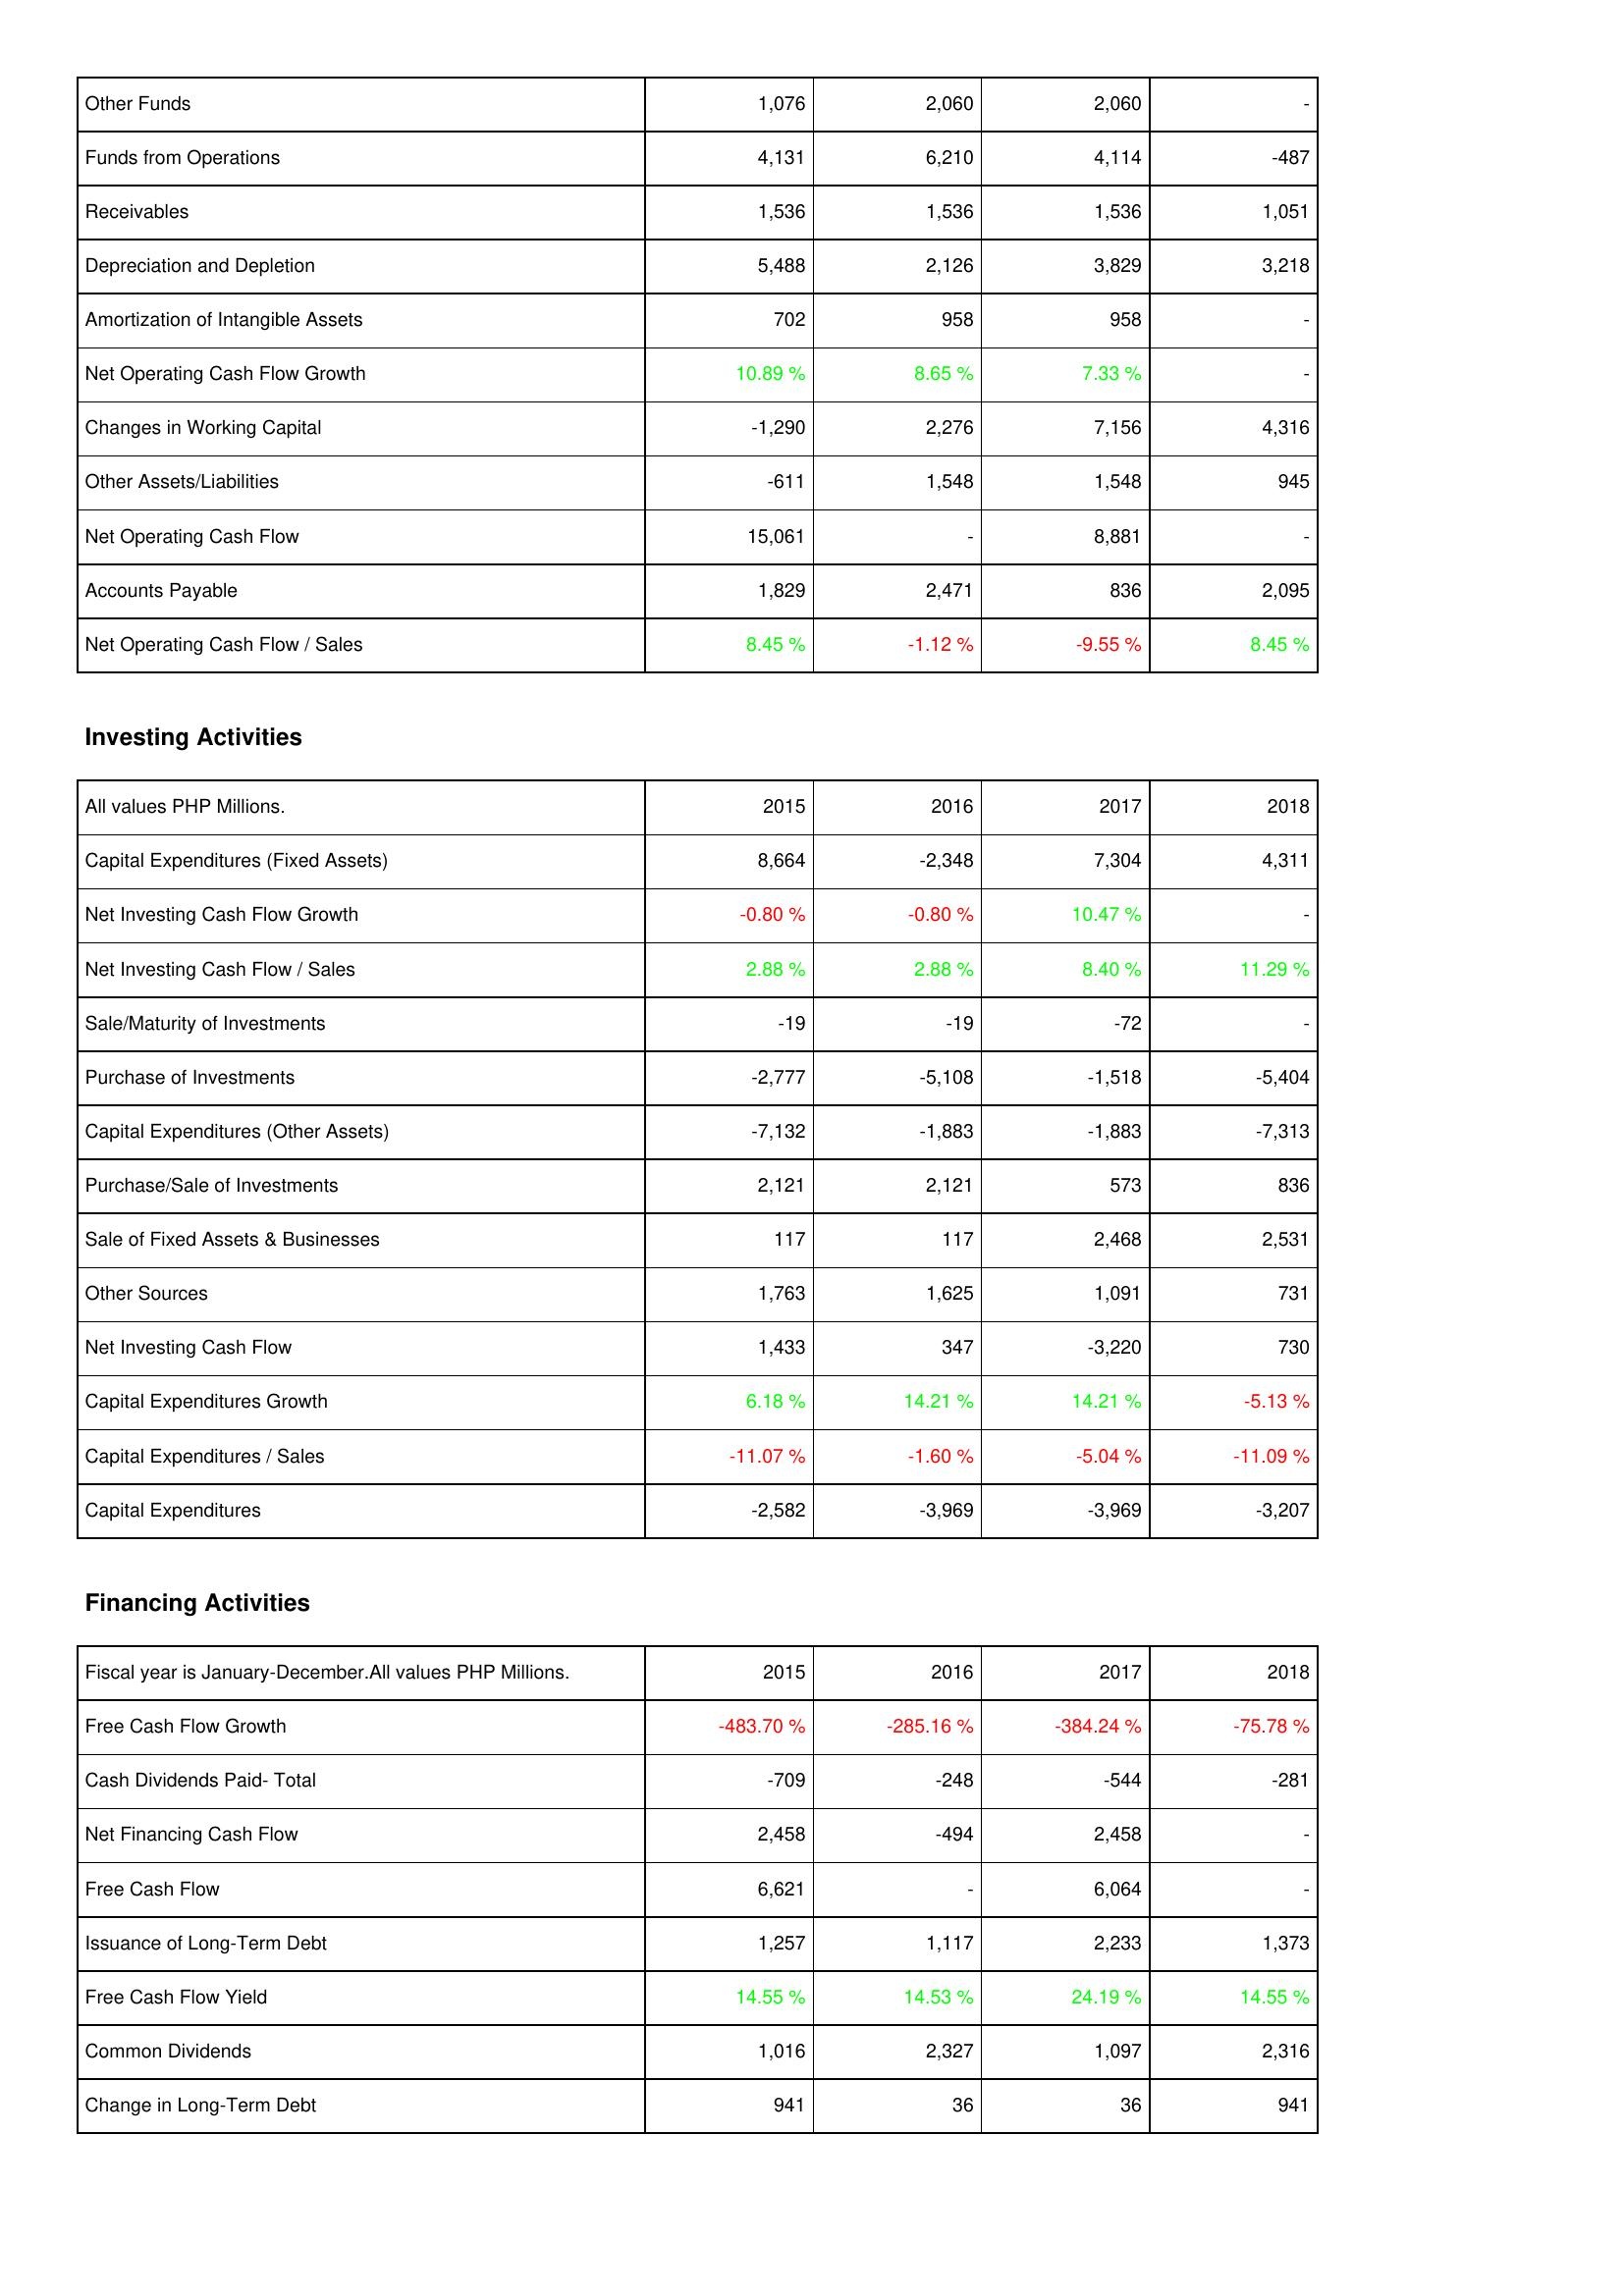
2015: Operating Activities: Other Funds: 1,076
Funds from Operations: 4,131
Receivables: 1,536
Depreciation and Depletion: 5,488
Amortization of Intangible Assets: 702
Net Operating Cash Flow Growth: 10.89 %
Changes in Working Capital: -1,290
Other Assets/Liabilities: -611
Net Operating Cash Flow: 15,061
Accounts Payable: 1,829
Net Operating Cash Flow / Sales: 8.45 %
Investing Activities: Capital Expenditures (Fixed Assets): 8,664
Net Investing Cash Flow Growth: -0.80 %
Net Investing Cash Flow / Sales: 2.88 %
Sale/Maturity of Investments: -19
Purchase of Investments: -2,777
Capital Expenditures (Other Assets): -7,132
Purchase/Sale of Investments: 2,121
Sale of Fixed Assets & Businesses: 117
Other Sources: 1,763
Net Investing Cash Flow: 1,433
Capital Expenditures Growth: 6.18 %
Capital Expenditures / Sales: -11.07 %
Capital Expenditures: -2,582
Financing Activities: Free Cash Flow Growth: -483.70 %
Cash Dividends Paid- Total: -709
Net Financing Cash Flow: 2,458
Free Cash Flow: 6,621
Issuance of Long-Term Debt: 1,257
Free Cash Flow Yield: 14.55 %
Common Dividends: 1,016
Change in Long-Term Debt: 941
2016: Operating Activities: Other Funds: 2,060
Funds from Operations: 6,210
Receivables: 1,536
Depreciation and Depletion: 2,126
Amortization of Intangible Assets: 958
Net Operating Cash Flow Growth: 8.65 %
Changes in Working Capital: 2,276
Other Assets/Liabilities: 1,548
Net Operating Cash Flow: -
Accounts Payable: 2,471
Net Operating Cash Flow / Sales: -1.12 %
Investing Activities: Capital Expenditures (Fixed Assets): -2,348
Net Investing Cash Flow Growth: -0.80 %
Net Investing Cash Flow / Sales: 2.88 %
Sale/Maturity of Investments: -19
Purchase of Investments: -5,108
Capital Expenditures (Other Assets): -1,883
Purchase/Sale of Investments: 2,121
Sale of Fixed Assets & Businesses: 117
Other Sources: 1,625
Net Investing Cash Flow: 347
Capital Expenditures Growth: 14.21 %
Capital Expenditures / Sales: -1.60 %
Capital Expenditures: -3,969
Financing Activities: Free Cash Flow Growth: -285.16 %
Cash Dividends Paid- Total: -248
Net Financing Cash Flow: -494
Free Cash Flow: -
Issuance of Long-Term Debt: 1,117
Free Cash Flow Yield: 14.53 %
Common Dividends: 2,327
Change in Long-Term Debt: 36
2017: Operating Activities: Other Funds: 2,060
Funds from Operations: 4,114
Receivables: 1,536
Depreciation and Depletion: 3,829
Amortization of Intangible Assets: 958
Net Operating Cash Flow Growth: 7.33 %
Changes in Working Capital: 7,156
Other Assets/Liabilities: 1,548
Net Operating Cash Flow: 8,881
Accounts Payable: 836
Net Operating Cash Flow / Sales: -9.55 %
Investing Activities: Capital Expenditures (Fixed Assets): 7,304
Net Investing Cash Flow Growth: 10.47 %
Net Investing Cash Flow / Sales: 8.40 %
Sale/Maturity of Investments: -72
Purchase of Investments: -1,518
Capital Expenditures (Other Assets): -1,883
Purchase/Sale of Investments: 573
Sale of Fixed Assets & Businesses: 2,468
Other Sources: 1,091
Net Investing Cash Flow: -3,220
Capital Expenditures Growth: 14.21 %
Capital Expenditures / Sales: -5.04 %
Capital Expenditures: -3,969
Financing Activities: Free Cash Flow Growth: -384.24 %
Cash Dividends Paid- Total: -544
Net Financing Cash Flow: 2,458
Free Cash Flow: 6,064
Issuance of Long-Term Debt: 2,233
Free Cash Flow Yield: 24.19 %
Common Dividends: 1,097
Change in Long-Term Debt: 36
2018: Operating Activities: Other Funds: -
Funds from Operations: -487
Receivables: 1,051
Depreciation and Depletion: 3,218
Amortization of Intangible Assets: -
Net Operating Cash Flow Growth: -
Changes in Working Capital: 4,316
Other Assets/Liabilities: 945
Net Operating Cash Flow: -
Accounts Payable: 2,095
Net Operating Cash Flow / Sales: 8.45 %
Investing Activities: Capital Expenditures (Fixed Assets): 4,311
Net Investing Cash Flow Growth: -
Net Investing Cash Flow / Sales: 11.29 %
Sale/Maturity of Investments: -
Purchase of Investments: -5,404
Capital Expenditures (Other Assets): -7,313
Purchase/Sale of Investments: 836
Sale of Fixed Assets & Businesses: 2,531
Other Sources: 731
Net Investing Cash Flow: 730
Capital Expenditures Growth: -5.13 %
Capital Expenditures / Sales: -11.09 %
Capital Expenditures: -3,207
Financing Activities: Free Cash Flow Growth: -75.78 %
Cash Dividends Paid- Total: -281
Net Financing Cash Flow: -
Free Cash Flow: -
Issuance of Long-Term Debt: 1,373
Free Cash Flow Yield: 14.55 %
Common Dividends: 2,316
Change in Long-Term Debt: 941